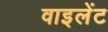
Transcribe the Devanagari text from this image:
वाइलेंट